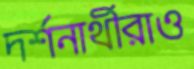
দর্শনার্থীরাও